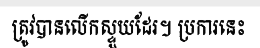
ត្រូវបានលើកស្ទួយដែរ។ ប្រការនេះ